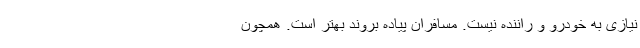
نیازی به خودرو و راننده نیست. مسافران پیاده بروند بهتر است. همچون